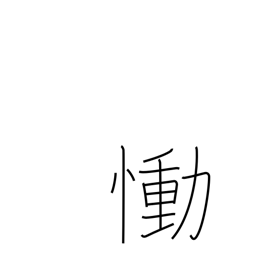
Meaning: grieve